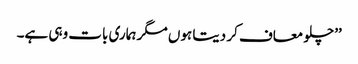
’’چلو معاف کر دیتا ہوں مگر ہماری بات وہی ہے۔